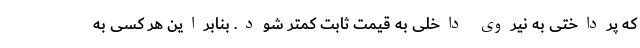
که پرداختی به نیروی داخلی به قیمت ثابت کمتر شود. بنابراین هر کسی به